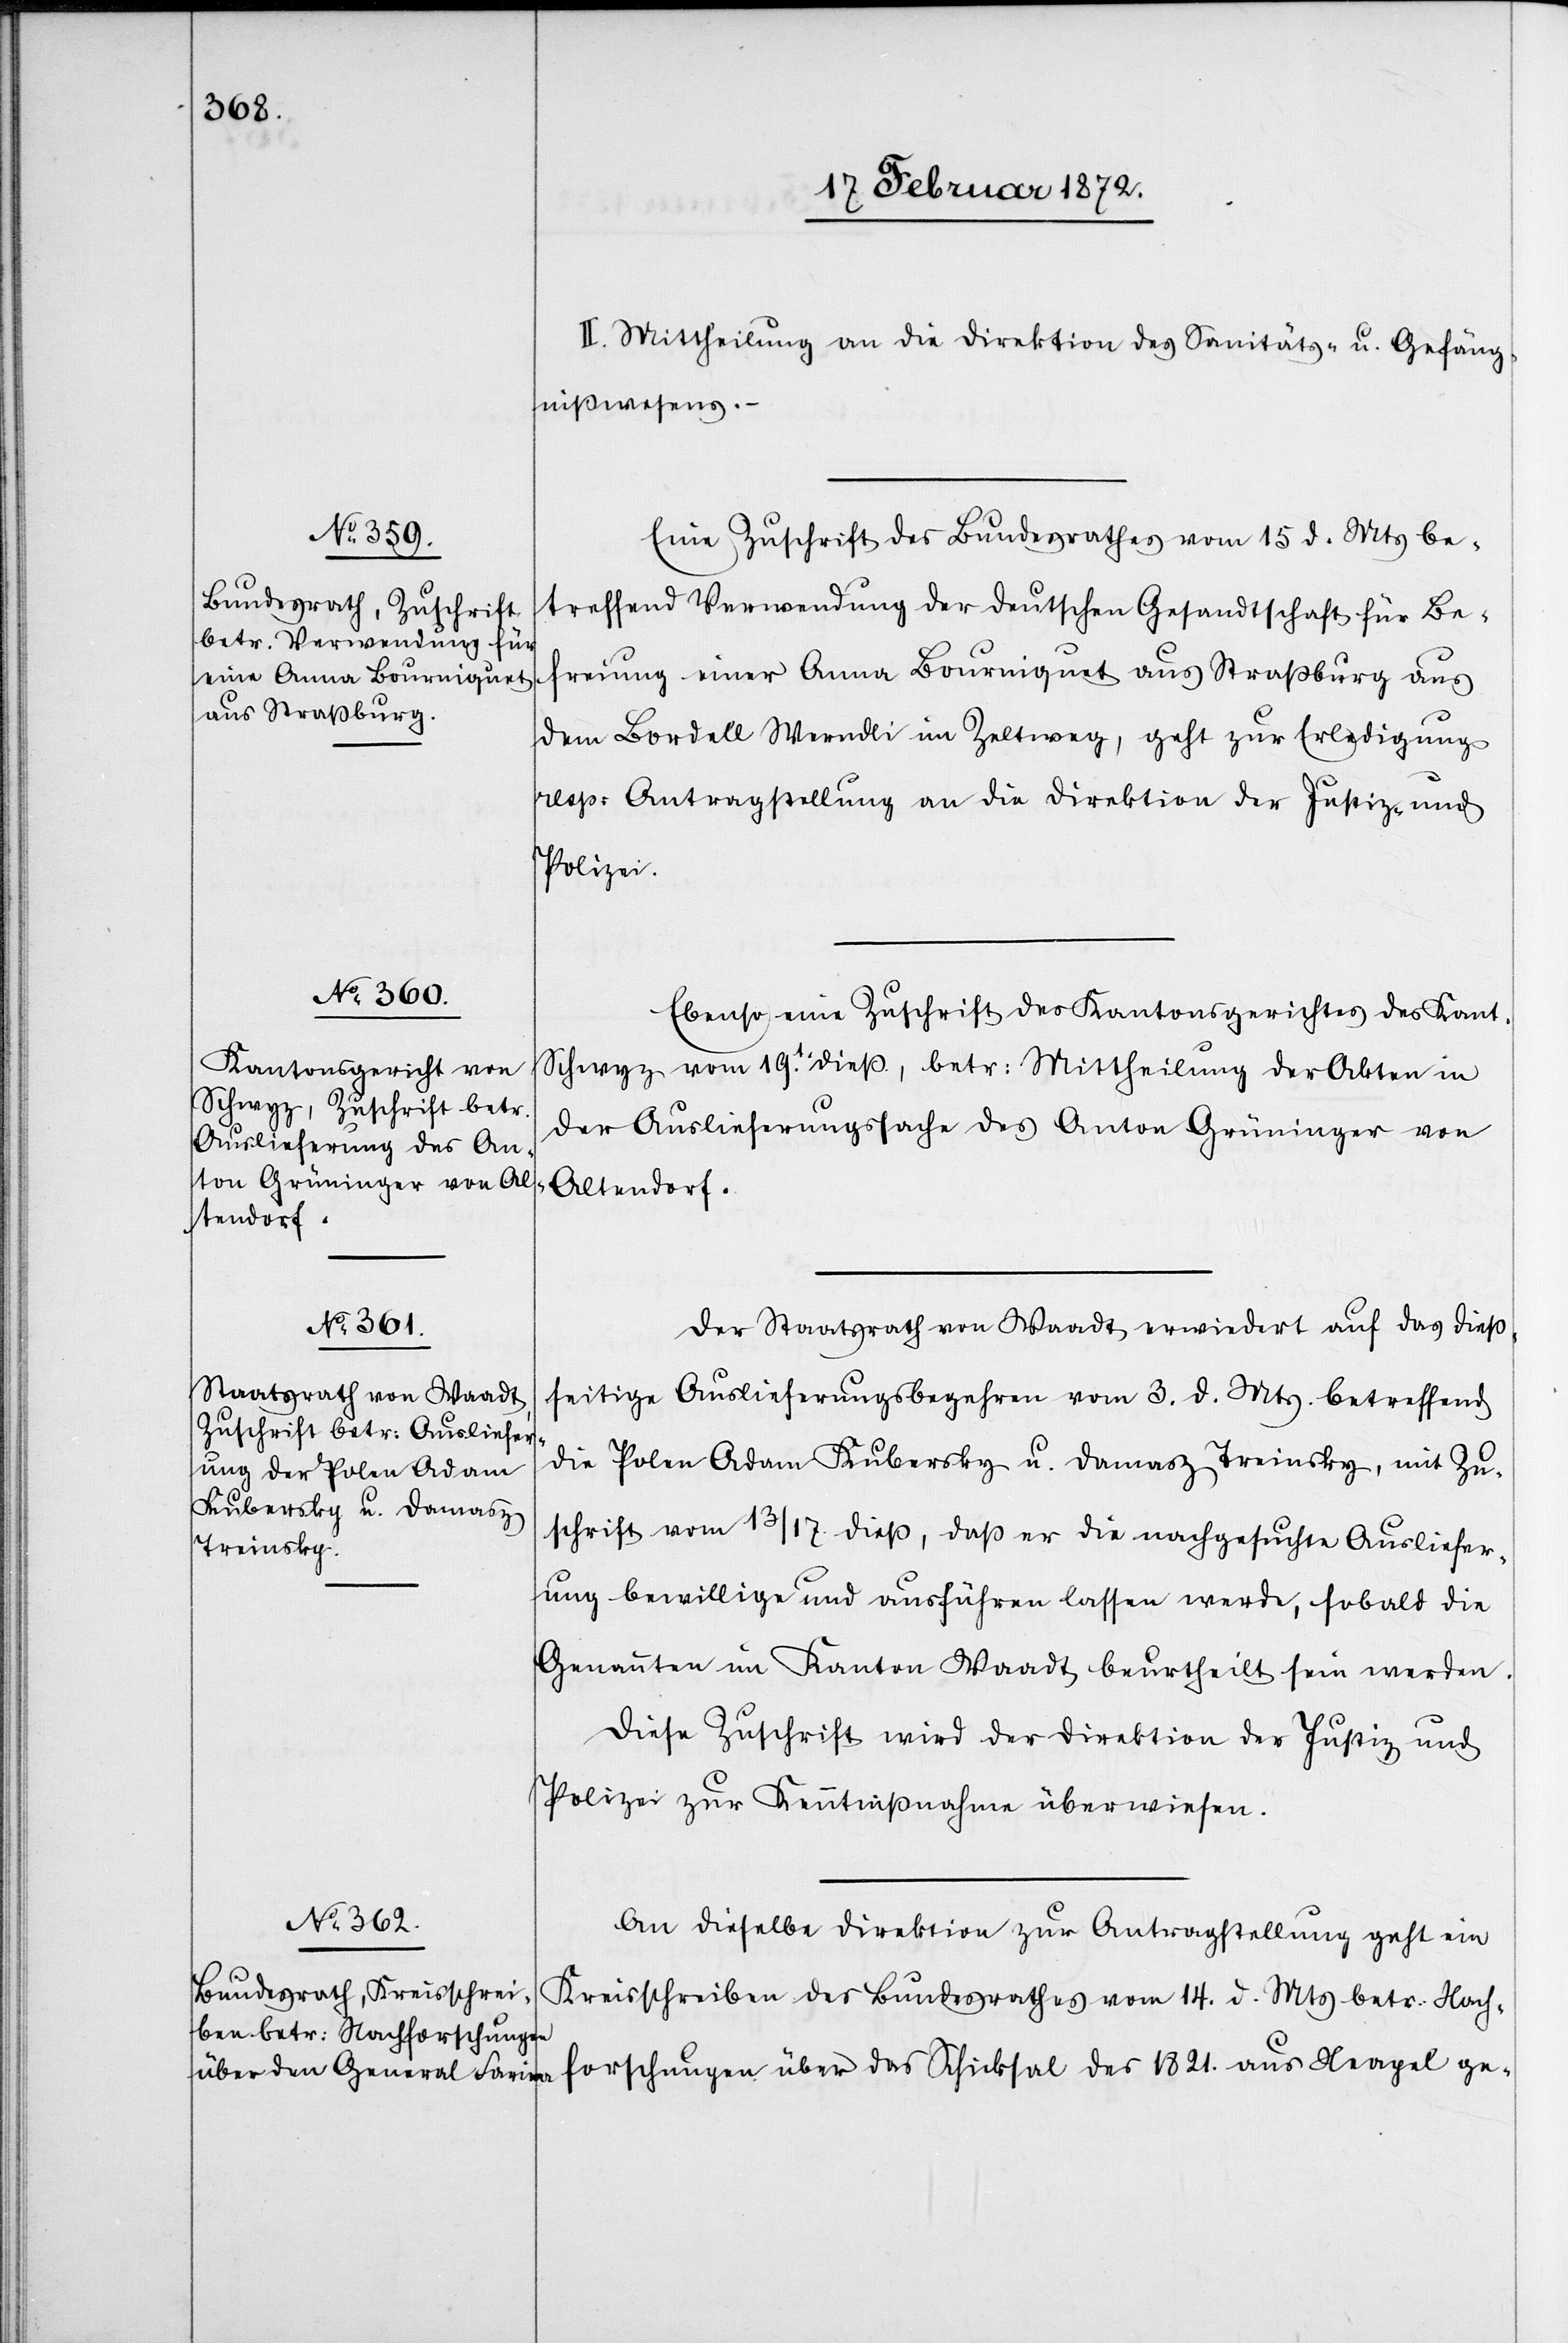
II. Mittheilung an die Direktion des Sanitäts- u. Gefäng¬
nißwesens.
Eine Zuschrift des Bundesrathes vom 15 d. Mts be¬
treffend Verwendung der deutschen Gesandtschaft für Be¬
freiung einer Anna Bourniquet aus Straßburg aus
dem Bordell Werndli im Zeltweg, geht zur Erledigung
resp. Antragstellung an die Direktion der Justiz- u.
Polizei.
Ebenso eine Zuschrift des Kantonsgerichtes des Kant.
Schwyz vom 19.t. dieß, betr. Mittheilung der Akten in
der Auslieferungssache des Anton Grüninger von
Altendorf.
Der Staatsrath von Waadt erwiedert auf das dieß¬
seitige Auslieferungsbegehren vom 3. d. Mts. betreffend
die Polen Adam Kubersky u. Damasz Treinsky, mit Zu¬
schrift vom 13/17. dieß, daß er die nachgesuchte Ausliefer¬
ung bewillige und ausführen lassen werde, sobald die
Genannten im Kanton Waadt beurtheilt sein werden.
Diese Zuschrift wird der Direktion der Justiz u.
Polizei zur Kenntnißnahme überwiesen.